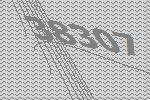
38307